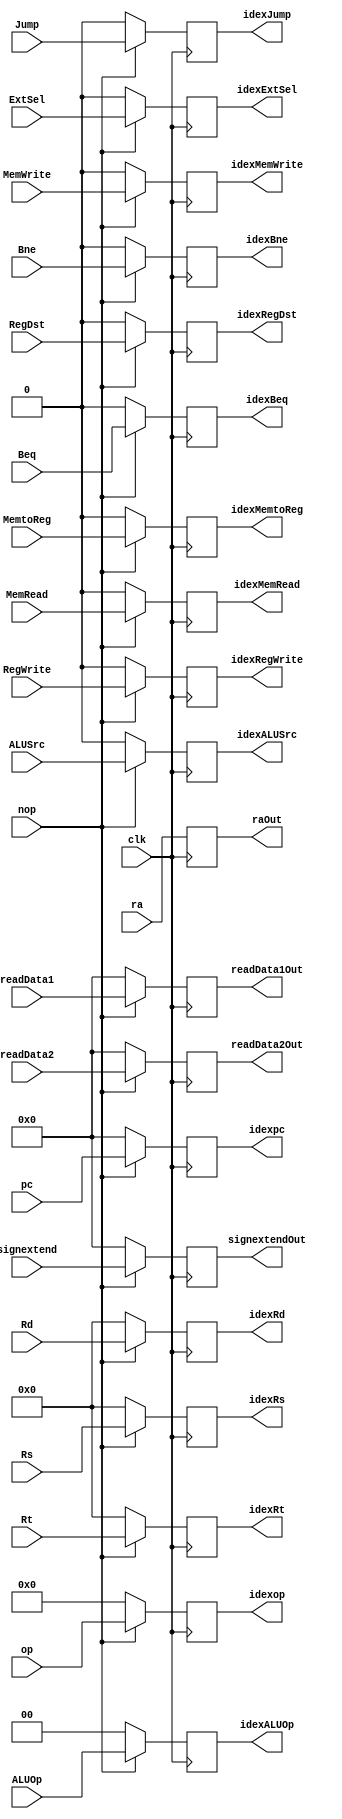
`timescale 1ns / 1ps
module IDEXRegister(
    input clk,
    input nop,
    input [31:0]pc,
    input RegDst,
    input Jump,
    input Beq,
    input Bne,
    input MemRead,
    input MemtoReg,
    input [1:0] ALUOp,
    input MemWrite,
    input ALUSrc,
    input RegWrite,
    input ExtSel,
    input [31:0]readData1, readData2, ra,signextend,
    input [4:0] Rs,Rt,Rd,
    input [5:0] op,
    output reg [31:0]idexpc,
    output reg idexRegDst,
    output reg idexJump,
    output reg idexBeq,
    output reg idexBne,
    output reg idexMemRead,
    output reg idexMemtoReg,
    output reg [1:0] idexALUOp,
    output reg idexMemWrite,
    output reg idexALUSrc,
    output reg idexRegWrite,
    output reg idexExtSel,
    output reg [31:0]readData1Out, readData2Out, raOut, signextendOut,
    output reg [4:0] idexRs,idexRt,idexRd,
    output reg [5:0] idexop
    );
    initial begin
    idexpc = 0;
    idexRegDst = 0;
    idexJump = 0;
    idexBeq = 0;
    idexBne = 0;
    idexMemRead = 0;
    idexMemtoReg = 0;
    idexALUOp = 0;
    idexMemWrite = 0;
    idexALUSrc = 0;
    idexRegWrite = 0;
    idexExtSel = 0;
    readData1Out = 0;
    readData2Out = 0;
    raOut = 0;
    signextendOut = 0;
    idexRs = 0;
    idexRt = 0;
    idexRd = 0;
    idexop = 0;
    end
    always@(posedge clk) begin
    idexpc = (nop == 1) ? pc : 0;
    idexRegDst = (nop == 1) ? RegDst : 0;
    idexJump = (nop == 1) ? Jump : 0;
    idexBeq = (nop == 1) ? Beq : 0;
    idexBne = (nop == 1) ? Bne : 0;
    idexMemRead = (nop == 1) ? MemRead : 0;
    idexMemtoReg = (nop == 1) ? MemtoReg : 0;
    idexALUOp = (nop == 1) ? ALUOp : 0;
    idexMemWrite = (nop == 1) ? MemWrite : 0;
    idexALUSrc = (nop == 1) ? ALUSrc : 0;
    idexRegWrite = (nop == 1) ? RegWrite : 0;
    idexExtSel = (nop == 1) ? ExtSel : 0;
    readData1Out = (nop == 1) ? readData1 : 0;
    readData2Out = (nop == 1) ? readData2 : 0;
    raOut = ra;
    signextendOut =  (nop == 1) ? signextend : 0;
    idexRs =  (nop == 1) ? Rs : 0;
    idexRt =  (nop == 1) ? Rt : 0;
    idexRd =  (nop == 1) ? Rd : 0;
    idexop =  (nop == 1) ? op : 0;
    end
endmodule